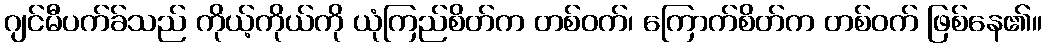
ဂျင်မီပက်ခ်သည် ကိုယ့်ကိုယ်ကို ယုံကြည်စိတ်က တစ်ဝက်၊ ကြောက်စိတ်က တစ်ဝက် ဖြစ်နေ၏။